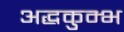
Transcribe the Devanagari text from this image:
अद्धकुम्भ